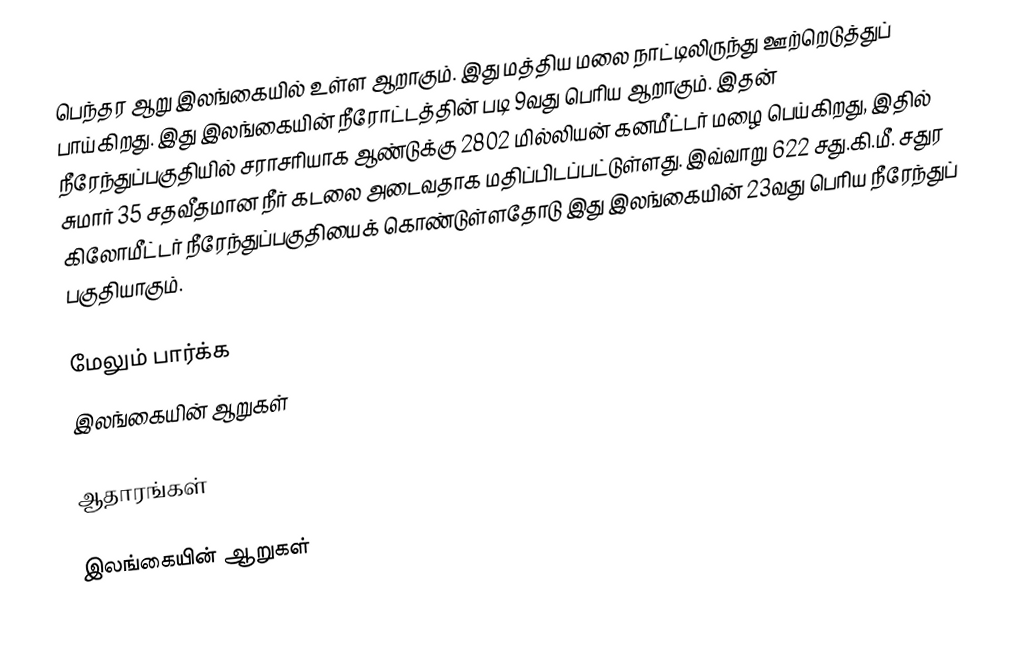
பெந்தர ஆறு இலங்கையில் உள்ள ஆறாகும். இது மத்திய மலை நாட்டிலிருந்து ஊற்றெடுத்துப் பாய்கிறது. இது இலங்கையின் நீரோட்டத்தின் படி  9வது பெரிய  ஆறாகும். இதன் நீரேந்துப்பகுதியில் சராசரியாக ஆண்டுக்கு 2802 மில்லியன் கனமீட்டர் மழை பெய்கிறது, இதில் சுமார் 35 சதவீதமான நீர் கடலை அடைவதாக மதிப்பிடப்பட்டுள்ளது. இவ்வாறு 622 சது.கி.மீ. சதுர கிலோமீட்டர் நீரேந்துப்பகுதியைக் கொண்டுள்ளதோடு இது இலங்கையின் 23வது பெரிய நீரேந்துப் பகுதியாகும்.

மேலும் பார்க்க
 இலங்கையின் ஆறுகள்

ஆதாரங்கள்

இலங்கையின் ஆறுகள்